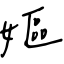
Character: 嫗